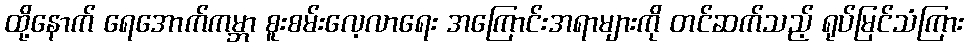
ထို့နောက် ရေအောက်ကမ္ဘာ စူးစမ်းလေ့လာရေး အကြောင်းအရာများကို တင်ဆက်သည့် ရုပ်မြင်သံကြား